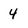
Character: 4